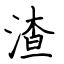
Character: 渣